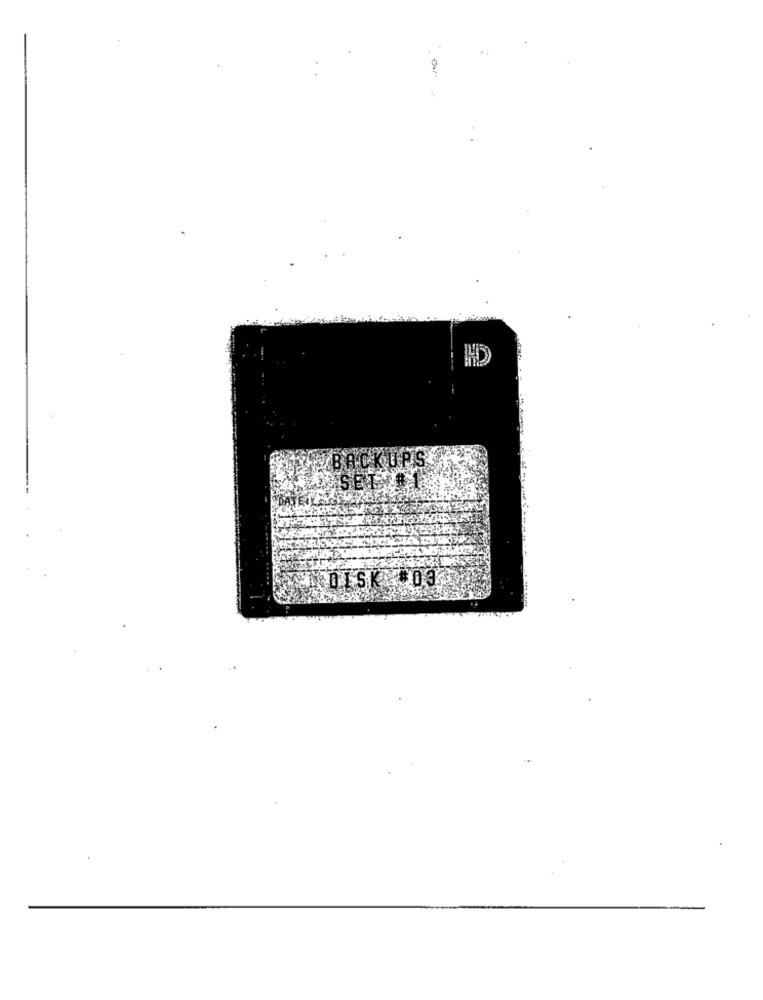
SE
DISK 033